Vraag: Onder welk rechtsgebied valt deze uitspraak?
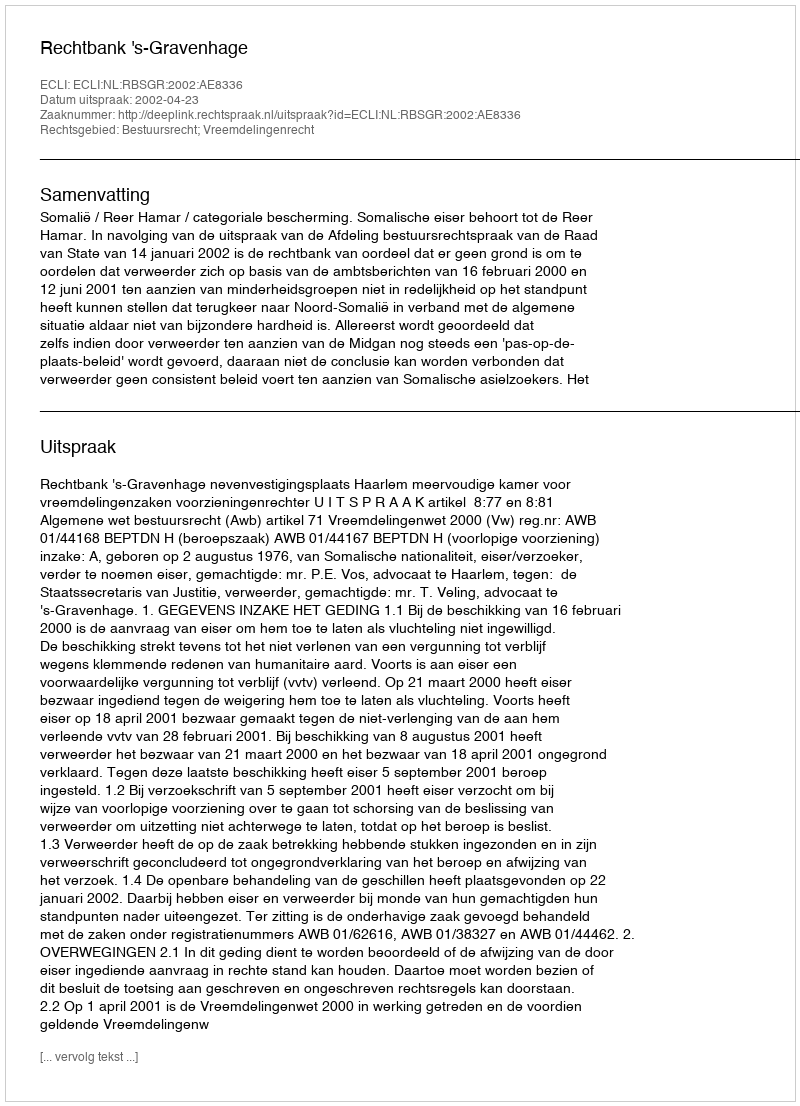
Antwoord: Bestuursrecht; Vreemdelingenrecht